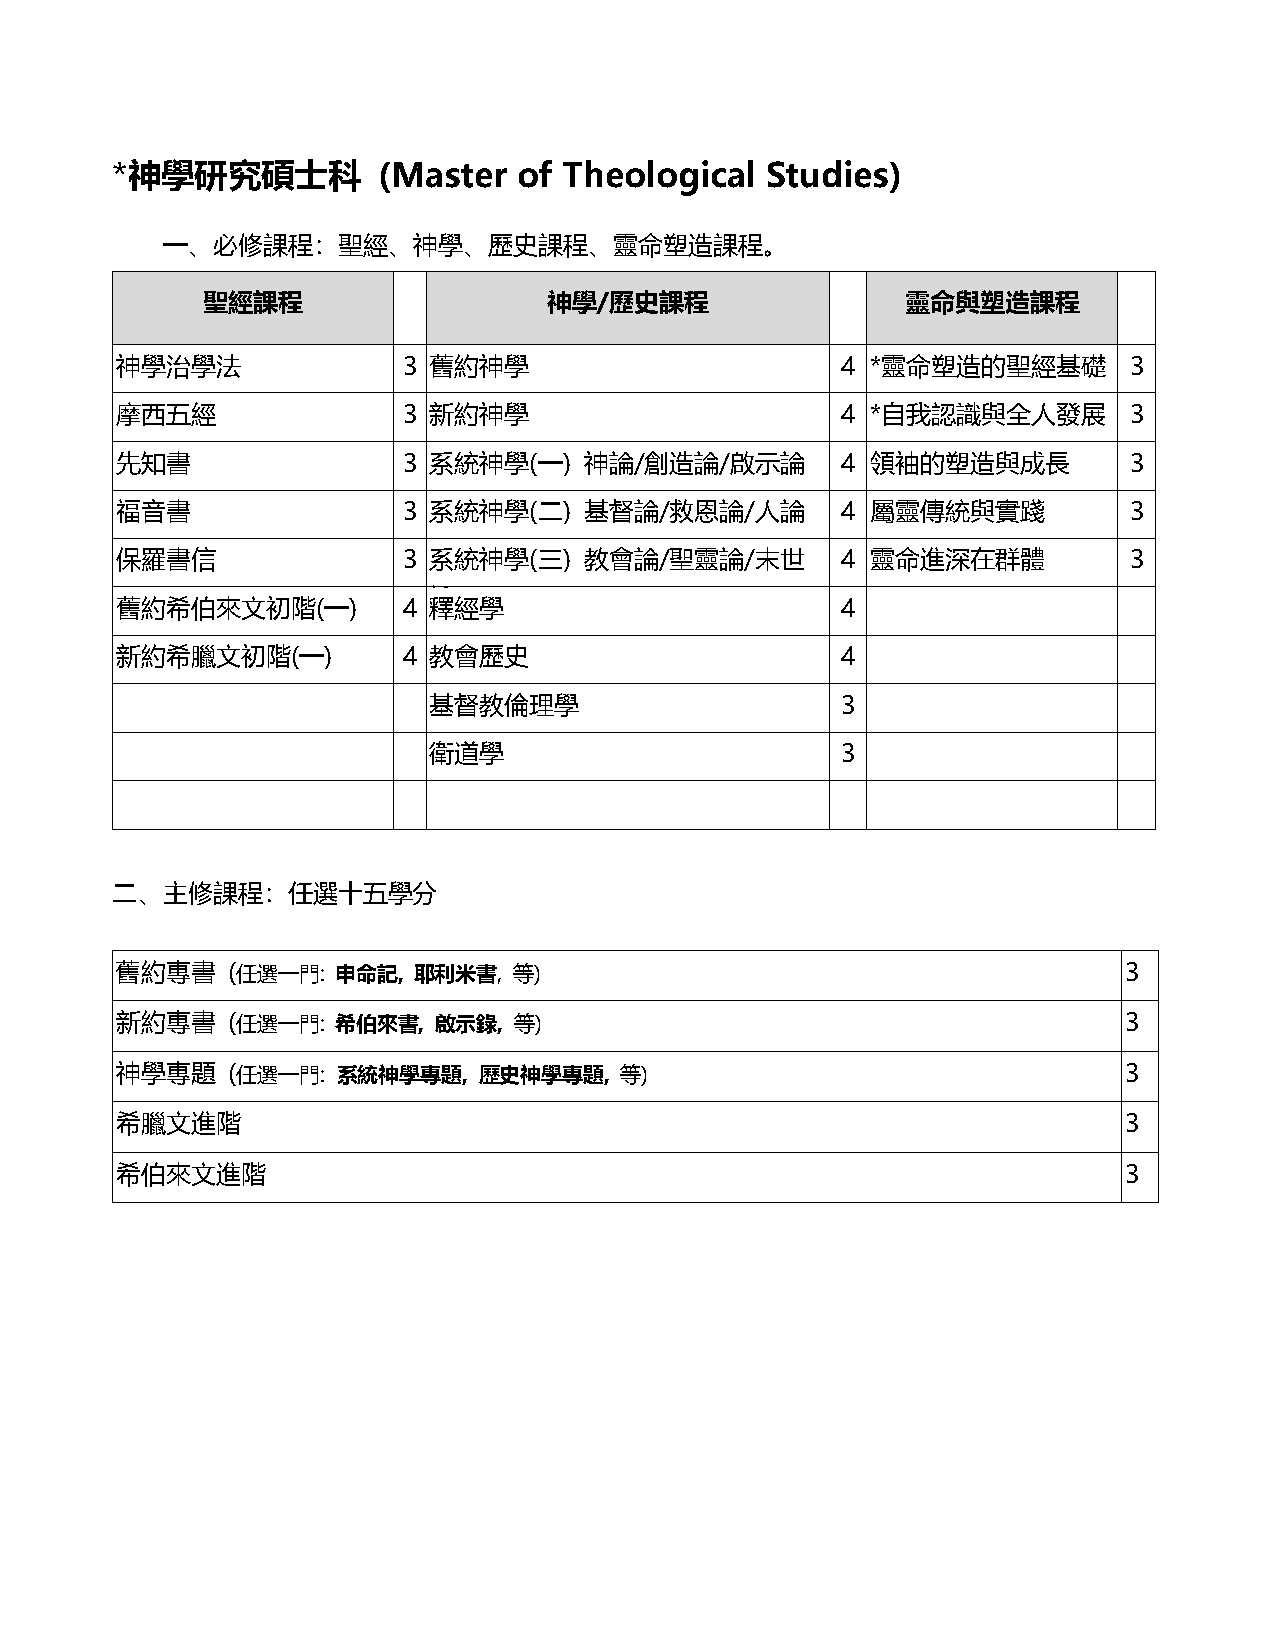
*神學研究碩士科          (Master  of Theological   Studies)
 一、必修課程：聖經、神學、歷史課程、靈命塑造課程。
 聖經課程                   神學/歷史課程                 靈命與塑造課程
 神學治學法              3 舊約神學                       4 *靈命塑造的聖經基礎       3
 摩西五經               3 新約神學                       4 *自我認識與全人發展       3
 先知書                3 系統神學(一)   神論/創造論/啟示論       4 領袖的塑造與成長         3
 福音書                3 系統神學(二)   基督論/救恩論/人論       4 屬靈傳統與實踐          3
 保羅書信               3 系統神學(三)   教會論/聖靈論/末世       4 靈命進深在群體          3
 論
 舊約希伯來文初階(一)        4 釋經學                        4
 新約希臘文初階(一)         4 教會歷史                       4
 基督教倫理學                      3
 衛道學                         3
 二、主修課程：任選十五學分
 舊約專書   (任選一門: 申命記, 耶利米書,  等)                                      3
 新約專書   (任選一門: 希伯來書,  啟示錄, 等)                                      3
 神學專題   (任選一門: 系統神學專題,   歷史神學專題,  等)                               3
 希臘文進階                                                             3
 希伯來文進階                                                            3